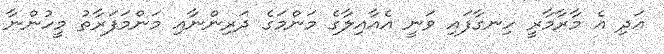
އަދި އެ މާރާމާރީ ހިނގާފައި ވަނީ އެއާއިލާގެ މަންމަގެ ދަރިންނާއި މަންމަފަރާތު މީހުންނާ